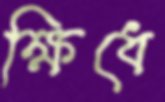
ক্ষিধে